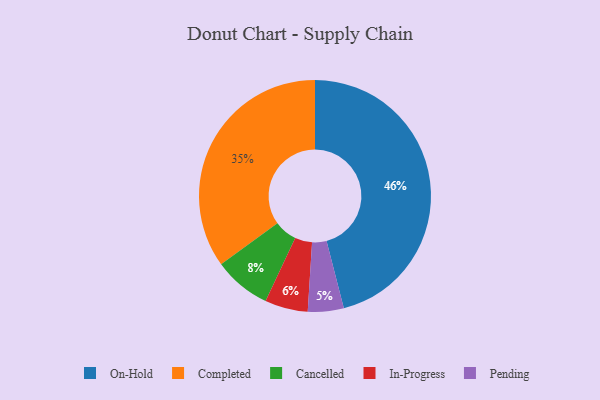
{"axis": {"x": "Category", "y": "Percentage"}, "legend": ["Cancelled", "Completed", "In-Progress", "On-Hold", "Pending"], "data": [{"x": "Completed", "y": 35, "type": "Completed"}, {"x": "Cancelled", "y": 8, "type": "Cancelled"}, {"x": "Pending", "y": 5, "type": "Pending"}, {"x": "In-Progress", "y": 6, "type": "In-Progress"}, {"x": "On-Hold", "y": 46, "type": "On-Hold"}]}